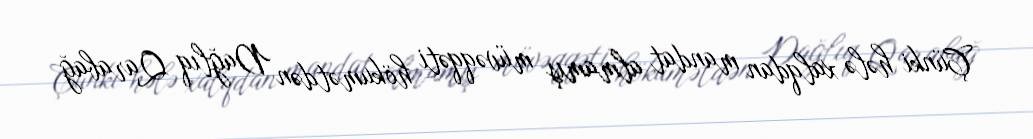
Çünki hələ xalqdan mandat almamış müvəqqəti hökumətdən Dağlıq Qarabağ